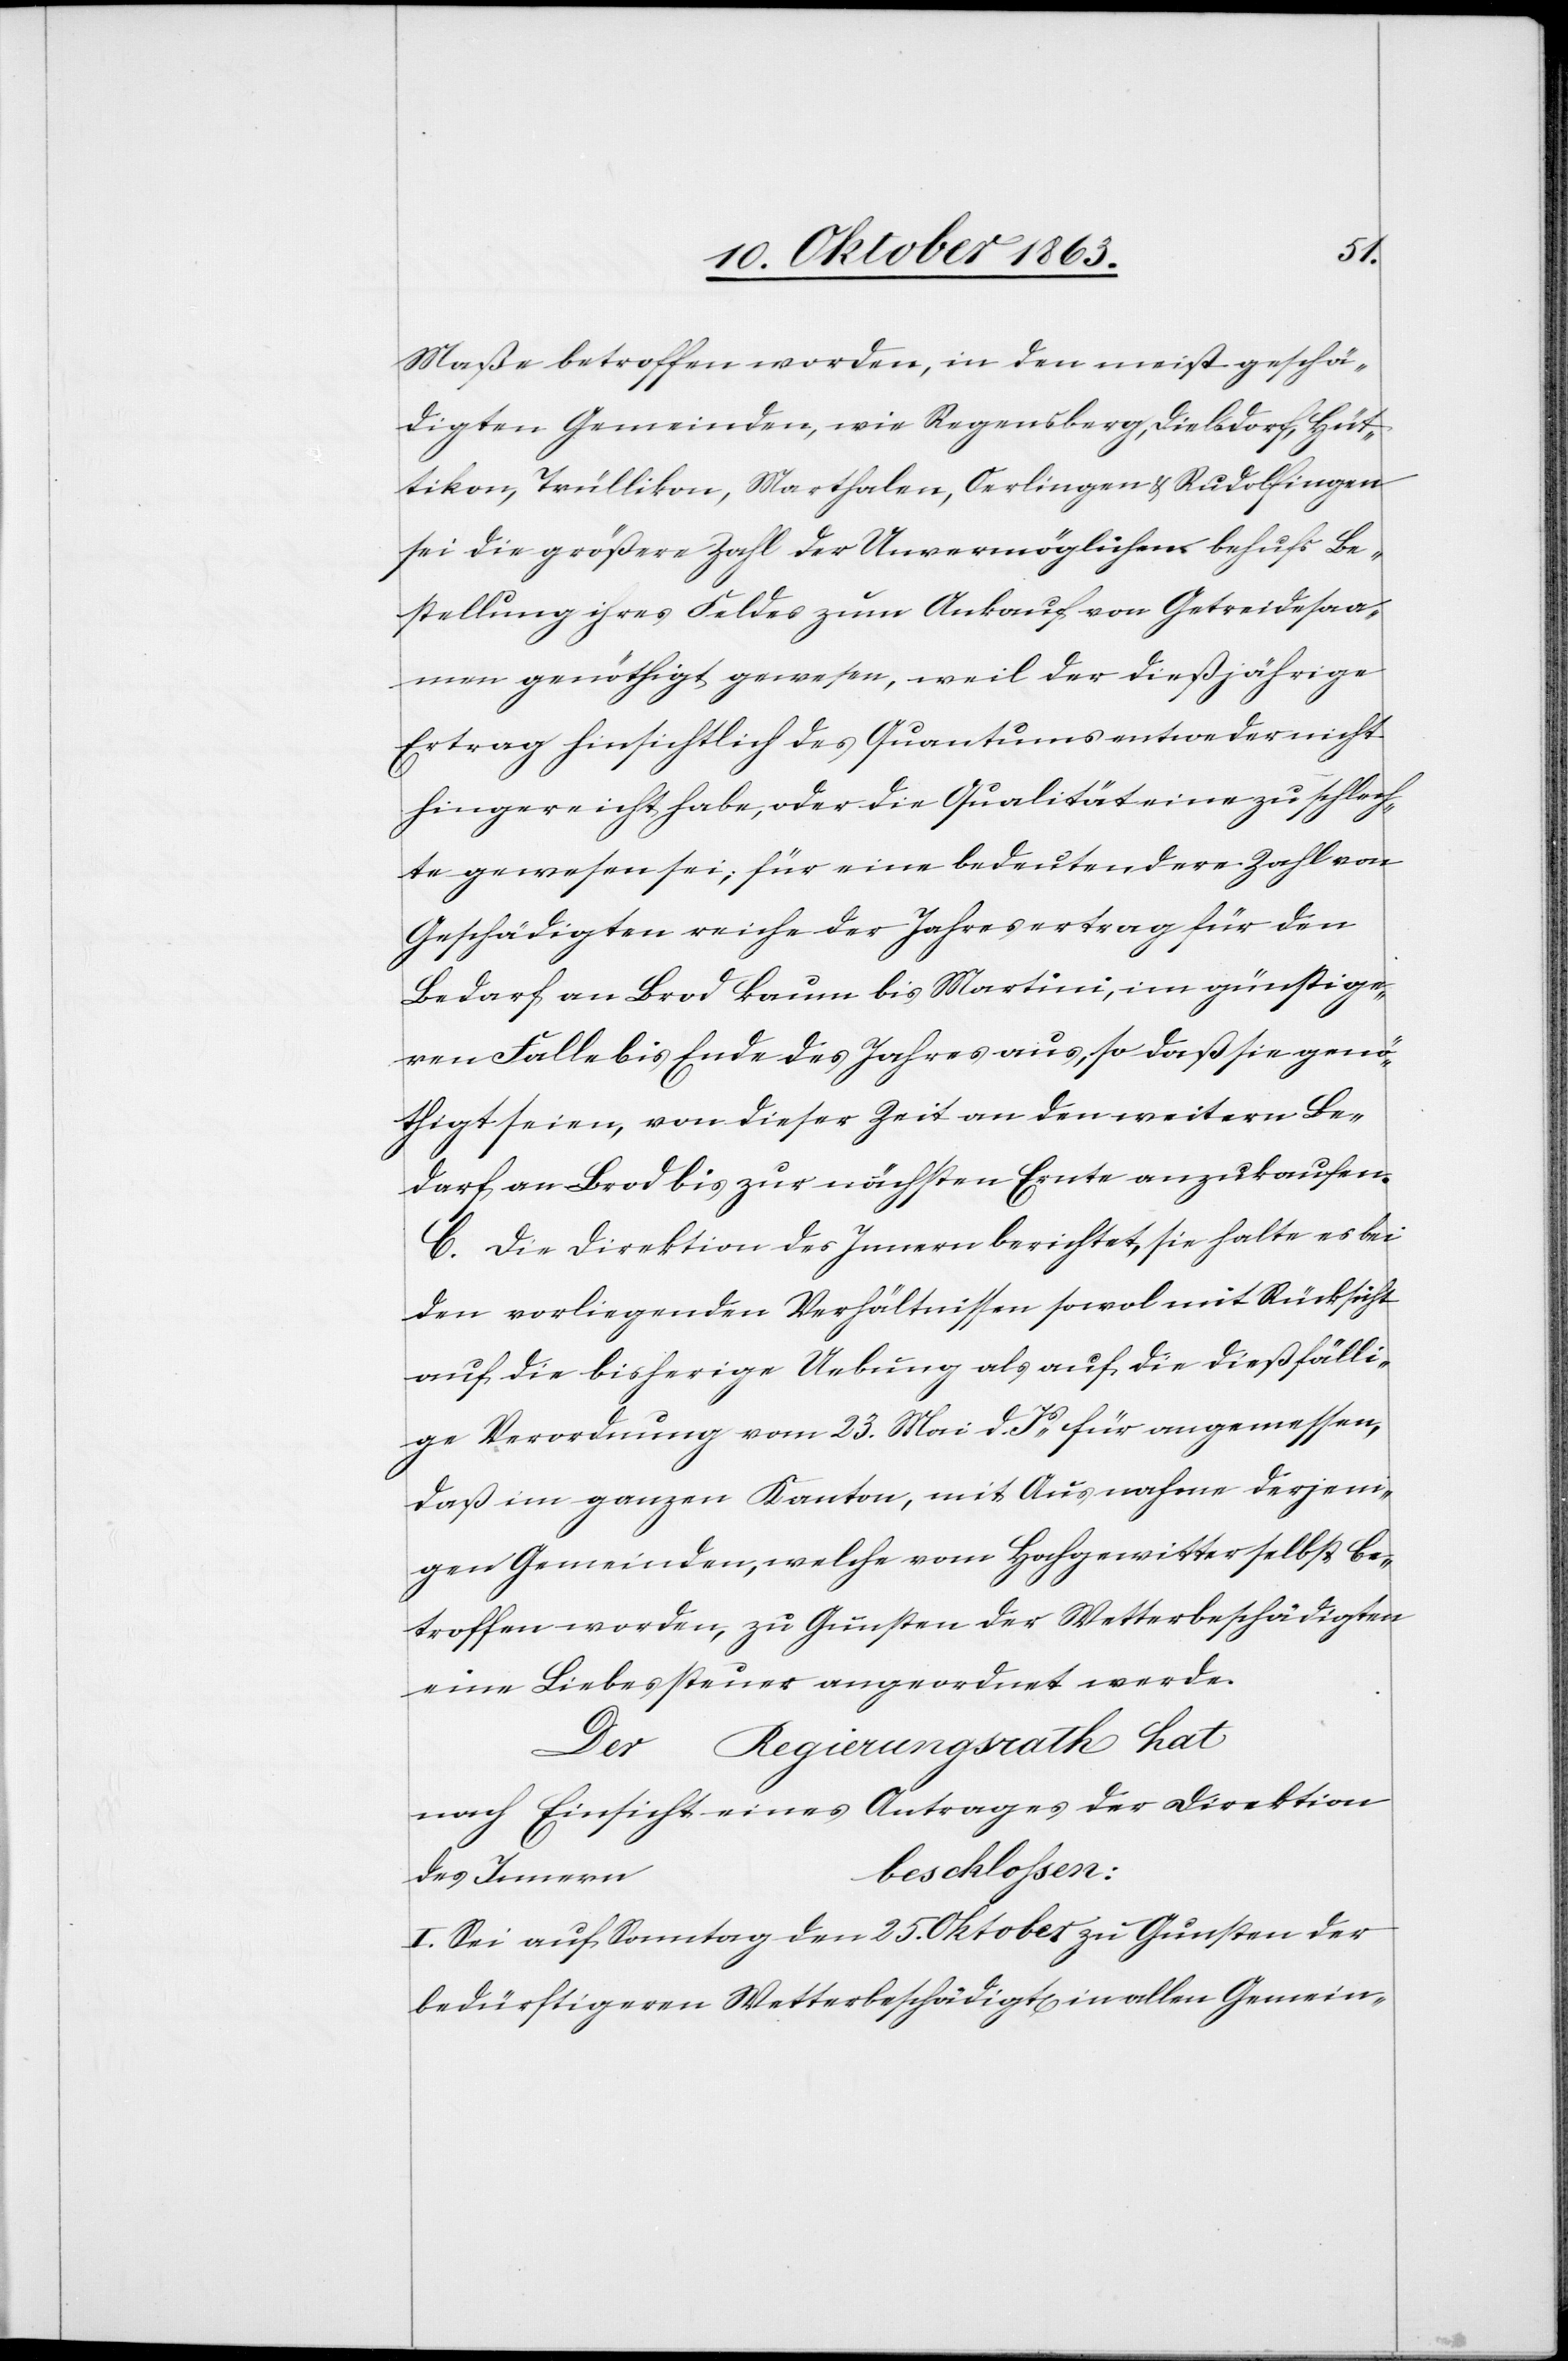
Maße betroffen worden, in den meist geschä¬
digten Gemeinden, wie Regensberg, Dielsdorf, Hüt¬
tikon, Trüllikon, Marthalen, Oerlingen & Rudolfingen
sei die größere Zahl der Unvermöglichen behufs Be¬
stellung ihres Feldes zum Ankauf von Getreidesaa¬
men genöthigt gewesen, weil der dießjährige
Ertrag hinsichtlich des Quantums entweder nicht
hingereicht habe, oder die Qualität eine zu schlech¬
te gewesen sei; für eine bedeutendere Zahl von
Geschädigten reiche der Jahresertrag für den
Bedarf an Brod kaum bis Martini, im günstige¬
ren Falle bis Ende des Jahres aus, so daß sie genö¬
tigt seien, von dieser Zeit an den weitern Be¬
darf an Brod bis zur nächsten Ernte anzukaufen.
C. Die Direktion des Innern berichtet, sie halte es bei
den vorliegenden Verhältnissen sowol mit Rücksicht
auf die bisherige Uebung als auf die dießfälli¬
ge Verordnung vom 23. Mai d. Js für angemessen,
daß im ganzen Kanton, mit Ausnahme derjeni¬
gen Gemeinden, welche vom Hochgewitter selbst be¬
troffen worden, zu Gunsten der Wetterbeschädigten
eine Liebessteuer angeordnet werde.
Der Regierungsrath hat
nach Einsicht eines Antrages der Direktion
beschlossen:
des Innern
I. Sei auf Sonntag den 25. Oktober zu Gunsten der
bedürftigeren Wetterbeschädigt[en] in allen Gemein-